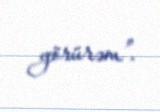
görürəm”.